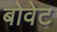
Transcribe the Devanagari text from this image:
बोवेट